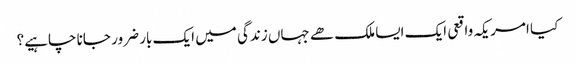
کیا امریکہ واقعی ایک ایسا ملک ھے جہاں زندگی میں ایک بار ضرور جانا چاہیے؟